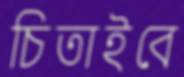
চিতাইবে